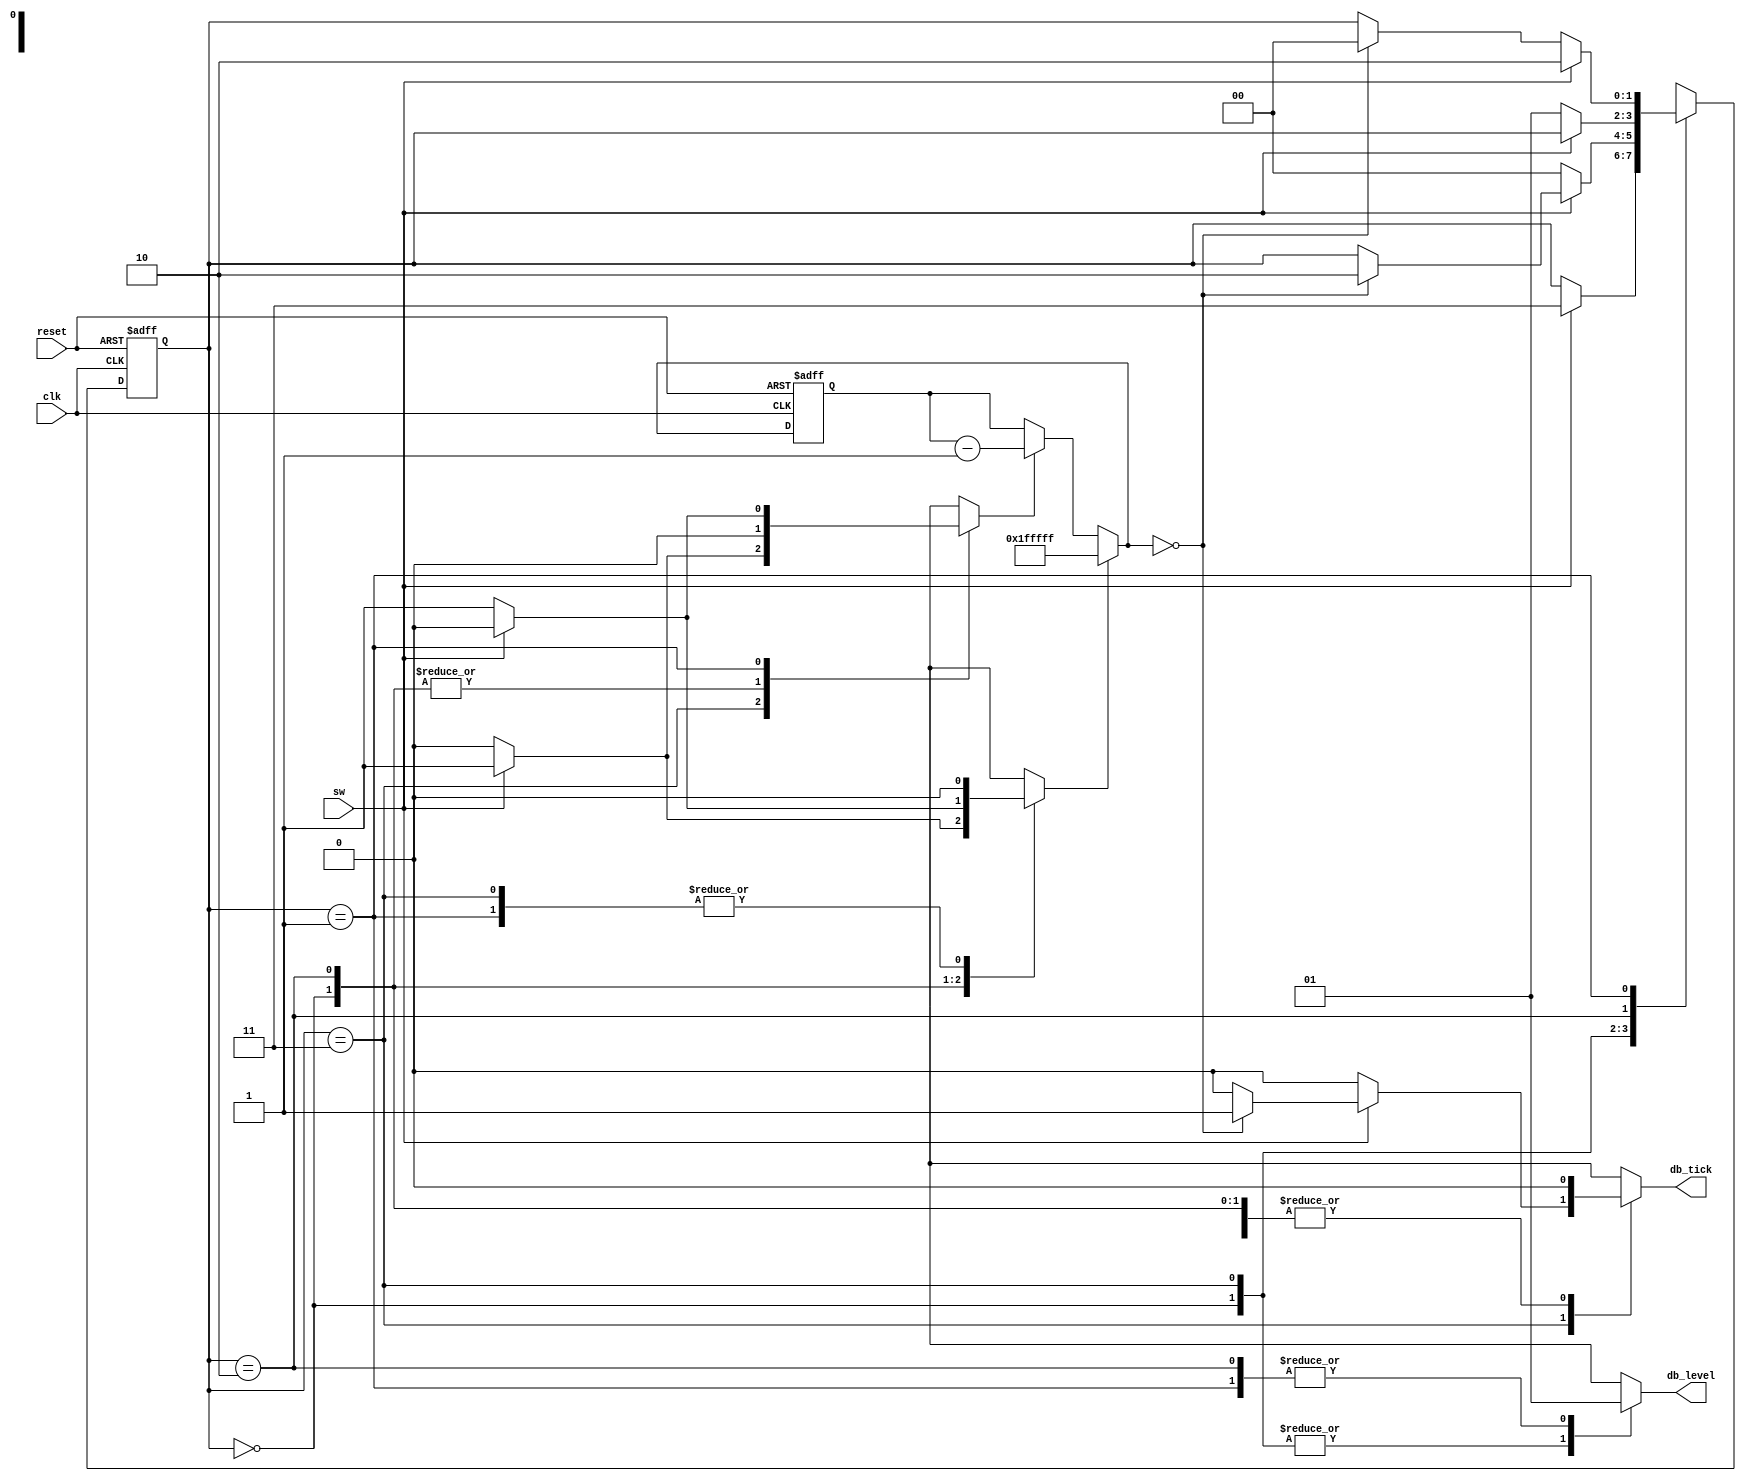
/***************************************************
* Class: EE 271
* Module: debounce_explicit
* Description: debouncing FSM
****************************************************/

// Listing 6.1
module debounce_explicit
    (
        input wire clk, reset,
        input wire sw,
        output reg db_level, db_tick
    );

    // symbolic state declaration
    localparam [1:0]
        zero = 2'b00,
        wait0 = 2'b01,
        one = 2'b10,
        wait1 = 2'b11;

    // number of counter bits (2^N * 20ns = 40ms)
    localparam N = 21;

    // signal declaration
    reg[1:0] state_reg, state_next;
    reg[N-1:0] q_reg;
    wire[N-1:0] q_next;
    wire q_zero;
    reg q_load, q_dec;

    // body
    // fsmd state & data registers
    always @(posedge clk, posedge reset)
        if (reset)
            begin
                state_reg <= zero;
                q_reg <= 0;
            end
        else
            begin
                state_reg <= state_next;
                q_reg <= q_next;
            end

    // FSMD data path (counter) next-state logic
    assign q_next = (q_load) ? {N{1'b1}}:   // load 1..1
        (q_dec) ? q_reg-1:   // decrement
            q_reg;
    // status signal
    assign q_zero = (q_next == 0);

    // FSMD control path next-state logic
    always @*
        begin
            state_next = state_reg;  // default state: the same
            q_load = 1'b0;           // default output: 0
            q_dec = 1'b0;            // default output: 0
            db_tick = 1'b0;          // default output: 0
            case (state_reg)
                zero:
                    begin
                        db_level = 1'b0;
                        if (sw)
                            begin
                                state_next = wait1;
                                q_load = 1'b1;
                            end
                    end
                wait1:
                    begin
                        db_level = 1'b0;
                        if (sw)
                            begin
                                q_dec = 1'b1;
                                if (q_zero)
                                    begin
                                        state_next = one;
                                        db_tick = 1'b1;
                                    end
                            end
                        else // sw==0
                            state_next = zero;
                    end
                one:
                    begin
                        db_level = 1'b1;
                        if (~sw)
                            begin
                                state_next = wait0;
                                q_load = 1'b1;
                            end
                    end
                wait0:
                    begin
                        db_level = 1'b1;
                        if (~sw)
                            begin
                                q_dec = 1'b1;
                                if (q_zero)
                                    state_next = zero;
                            end
                        else // sw==1
                            state_next = one;
                    end
                default: state_next = zero;
            endcase
        end

endmodule